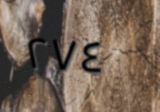
٢٧٤